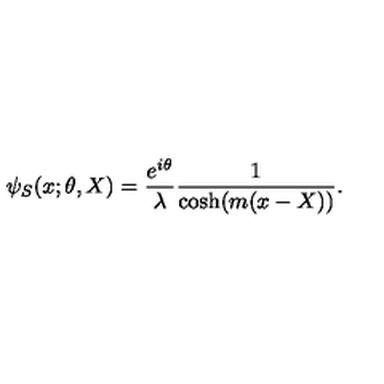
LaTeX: \psi _ { S } ( x ; \theta , X ) = \frac { e ^ { i \theta } } { \lambda } \frac { 1 } { \cosh ( m ( x - X ) ) } .